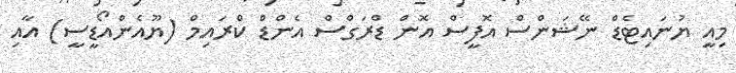
މިއީ ޔުނައިޓެޑް ނޭޝަންސް އޮފީސް އޮން ޑްރަގްސް އެންޑް ކްރައިމް (ޔޫއެންއޯޑީސީ) އާއި